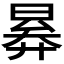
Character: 𣈠